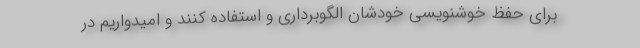
برای حفظ خوشنویسی خودشان الگوبرداری و استفاده کنند و امیدواریم در